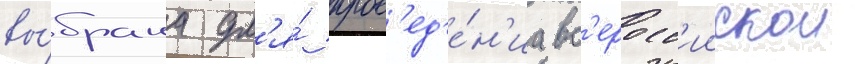
вы́брана дл'я́ пров'ед'е́н'иа вс'еросс'иискои